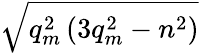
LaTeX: \sqrt{q_{m}^{2}\left(3q_{m}^{2}-n^{2}\right)}